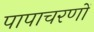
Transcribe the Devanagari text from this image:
पापाचरणों